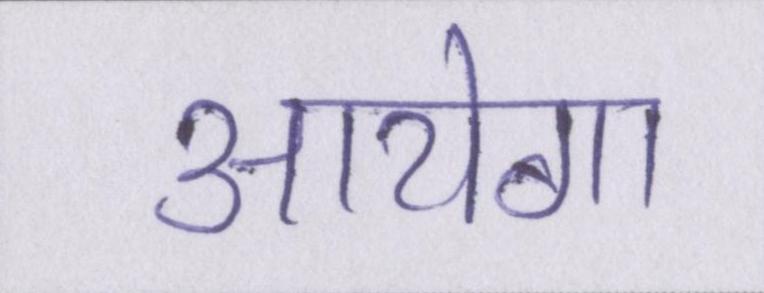
आयेगा